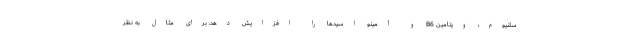
سلنیوم، ویتامین B6 و آمینو اسیدها را افزایش دهد. برای مثال به نظر